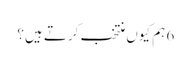
6 ہم کیوں منتخب کرتے ہیں؟